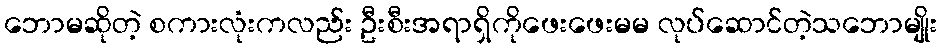
ဘောမဆိုတဲ့ စကားလုံးကလည်း ဦးစီးအရာရှိကိုဖေးဖေးမမ လုပ်ဆောင်တဲ့သဘောမျိုး